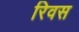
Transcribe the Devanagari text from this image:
रिवस